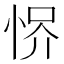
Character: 𢚻